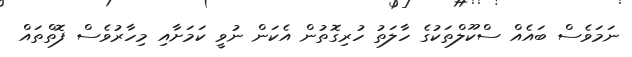
ނަމަވެސް ބައެއް ސްކޫލްތަކުގެ ހާލަތު ހުރިގޮތުން އެކަން ނުވީ ކަމަށާއި މިހާރުވެސް ފޮތްތައް